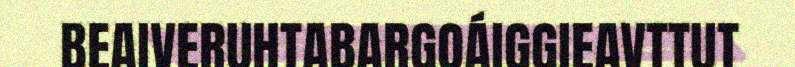
BEAIVERUHTABARGOÁIGGIEAVTTUT